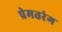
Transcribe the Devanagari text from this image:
प्रेमतरंग